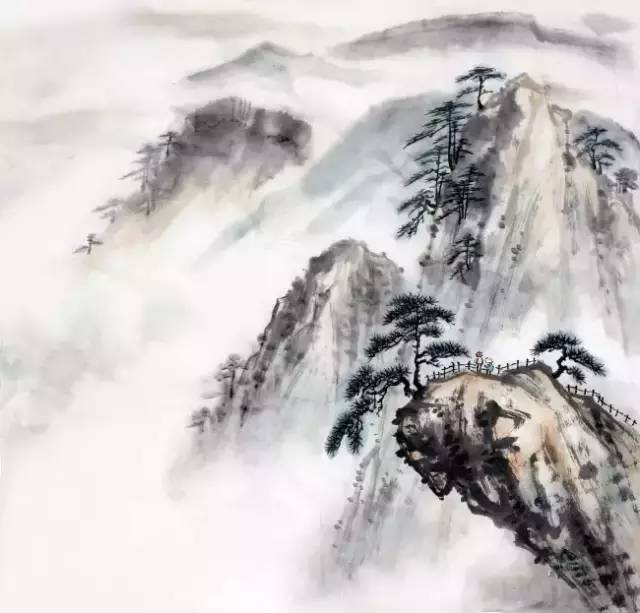
质胜文则野，文胜质则史，文质彬彬，然后君子。